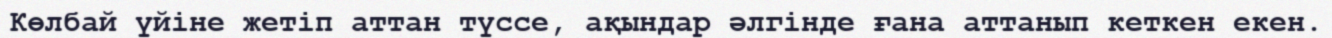
Көлбай үйіне жетіп аттан түссе, ақындар әлгінде ғана аттанып кеткен екен.